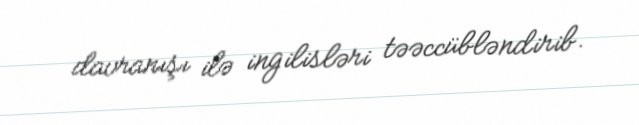
davranışı ilə ingilisləri təəccübləndirib.